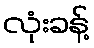
လုံးခန့်